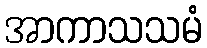
အာကာသသမံ